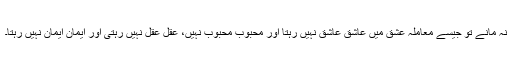
نہ مانے تو جیسے معاملہ عشق میں عاشق عاشق نہیں رہتا اور محبوب محبوب نہیں، عقل عقل نہیں رہتی اور ایمان ایمان نہیں رہتا۔